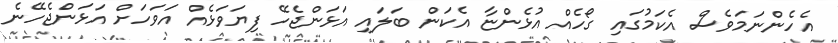
އެހެންނަމަވެސް އެކަމުގައި ގޯހެއް އުޅެންޏާ އެކަން ބަލައި އަޅަންޖެހޭ ފިޔަވަޅެއް އަވަހަށް އަޅަންޖެހޭނެ